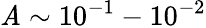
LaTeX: \mathit{A}\sim10^{-1}-10^{-2}